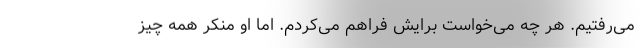
می‌رفتیم. هر چه می‌خواست برایش فراهم می‌کردم. اما او منکر همه چیز